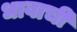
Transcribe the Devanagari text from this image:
धावाची